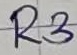
Text: R3